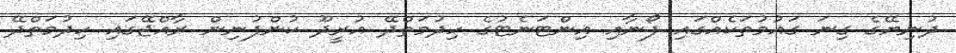
ދުނިޔޭގެ ގިނަ ގައުމުތަކެއްގައި ފޯނާއި އިންޓަނެޓުގެ ހިދުމަތްދޭ އުރީދޫ ކުންފުނިން ރާއްޖޭގައި ހިދުމަތްދޭ